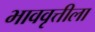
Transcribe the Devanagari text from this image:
भाववृत्तीला